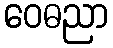
ဝေဓညာ